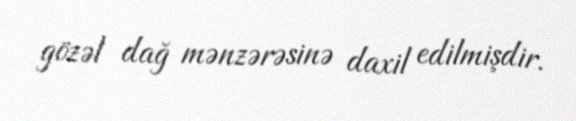
gözəl dağ mənzərəsinə daxil edilmişdir.